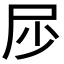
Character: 𱚳